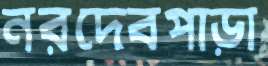
নরদেবপাড়া